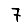
Digit: 7